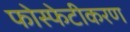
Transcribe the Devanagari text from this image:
फोस्फेटीकरण